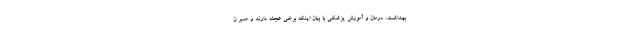
بهداشت، درمان و آموزش پزشکی با بیان اینکه برخی عجله دارند و صبر ن